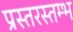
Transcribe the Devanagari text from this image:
प्रस्तरस्तम्भ